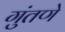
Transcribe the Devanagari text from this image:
गुंतणे